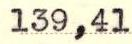
139,41